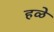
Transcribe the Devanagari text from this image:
हळे